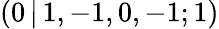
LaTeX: (0\, |\, 1,-1,0,-1;1)